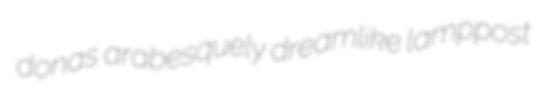
donas arabesquely dreamlike lamppost